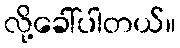
လို့ခေါ်ပါတယ်။